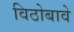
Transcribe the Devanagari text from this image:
विठोबावे